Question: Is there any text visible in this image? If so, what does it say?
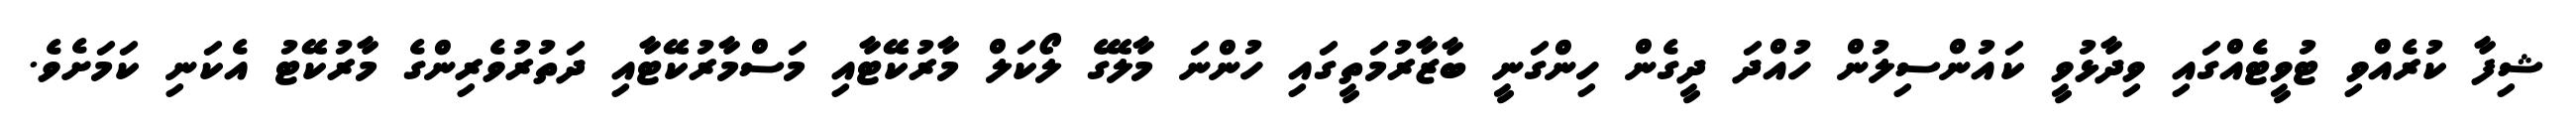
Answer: ޝިފާ ކުރެއްވި ޓުވީޓެއްގައި ވިދާޅުވީ ކައުންސިލުން ހުއްދަ ދީގެން ހިންގަނީ ބާޒާރުމަތީގައި ހުންނަ މާލޭގެ ލޯކަލް މާރުކޭޓާއި މަސްމާރުކޭޓާއި ދަތުރުވެރިންގެ މާރުކޭޓު އެކަނި ކަމަށެވެ.